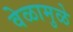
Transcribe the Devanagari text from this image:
वेळामुळे